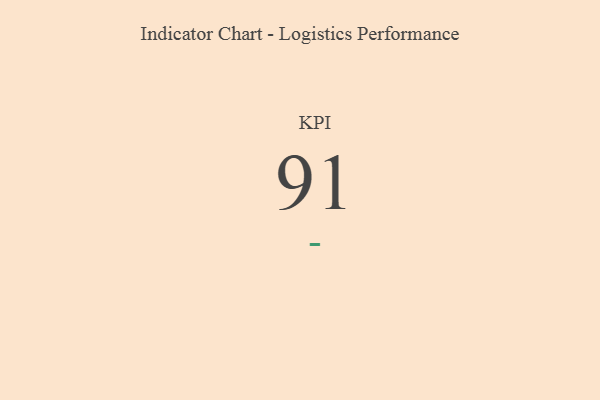
{"axis": {"x": "KPI", "y": "Value"}, "legend": [""], "data": [{"x": "KPI", "y": 91, "type": ""}]}